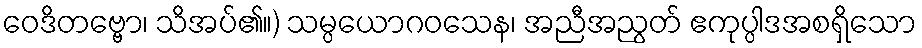
ဝေဒိတဗ္ဗော၊ သိအပ်၏။) သမ္ပယောဂဝသေန၊ အညီအညွတ် ဧကုပ္ပါဒအစရှိသော